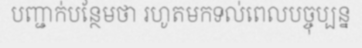
បញ្ជាក់បន្ថែមថា រហូតមកទល់ពេលបច្ចុប្បន្ន